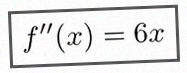
f''(x)=6x